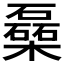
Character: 𰘾